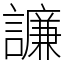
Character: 譧